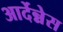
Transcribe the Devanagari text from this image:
आर्देन्नेस